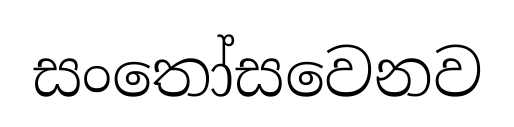
සංතෝසවෙනව